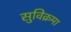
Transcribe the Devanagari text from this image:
सुविक्रमा